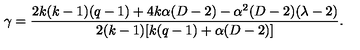
\gamma = \frac { 2 k ( k - 1 ) ( q - 1 ) + 4 k \alpha ( D - 2 ) - \alpha ^ { 2 } ( D - 2 ) ( \lambda - 2 ) } { 2 ( k - 1 ) [ k ( q - 1 ) + \alpha ( D - 2 ) ] } .